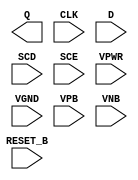
module sky130_fd_sc_hd__sdfrtp (
    Q      ,
    CLK    ,
    D      ,
    SCD    ,
    SCE    ,
    RESET_B,
    VPWR   ,
    VGND   ,
    VPB    ,
    VNB
);

    output Q      ;
    input  CLK    ;
    input  D      ;
    input  SCD    ;
    input  SCE    ;
    input  RESET_B;
    input  VPWR   ;
    input  VGND   ;
    input  VPB    ;
    input  VNB    ;
endmodule